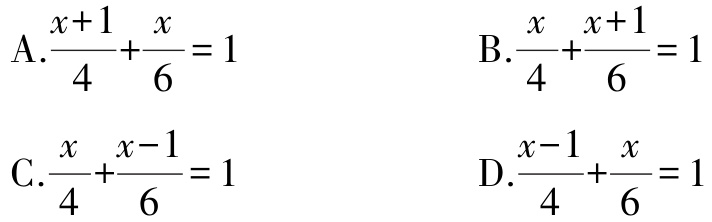
A.$\frac{x + 1}{4}+\frac{x}{6}=1$
B.$\frac{x}{4}+\frac{x + 1}{6}=1$
C.$\frac{x}{4}+\frac{x - 1}{6}=1$
D.$\frac{x - 1}{4}+\frac{x}{6}=1$